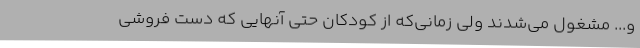
و... مشغول می‌شدند ولی زمانی‌که از کودکان حتی آنهایی که دست فروشی